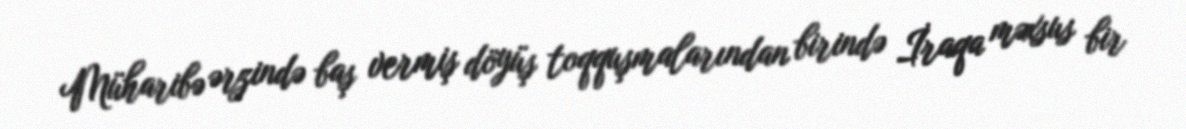
Müharibə ərzində baş vermiş döyüş toqquşmalarından birində İraqa məxsus bir